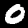
Label: 0